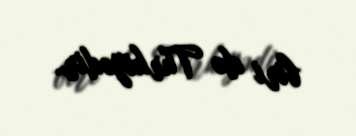
biri də Türkiyədir.